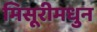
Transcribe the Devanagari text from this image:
मिसूरीमधुन